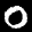
Label: 0